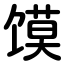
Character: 馍